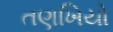
તણખિયો